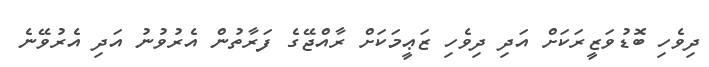
ދިވެހި ބޮޑުވަޒީރަކަށް އަދި ދިވެހި ޒަޢީމަކަށް ރާއްޖޭގެ ފަރާތުން އެރުވުނު އަދި އެރުވޭނެ